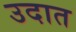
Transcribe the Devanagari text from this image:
उदात